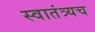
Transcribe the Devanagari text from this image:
स्वातंत्र्यच